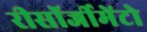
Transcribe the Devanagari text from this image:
रीसॉर्जीमेंटो